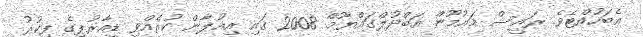
އެބަހުއްޓެވެ. ރައީސް މައުމޫން އަބްދުލްގައްޔޫމް 2008 ގައި އިއުލާން ކުރެއްވި ޑީއާރުޕީގެ ފިކުރު